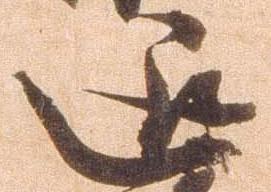
退